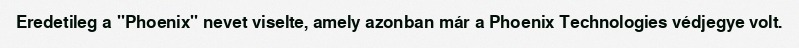
Eredetileg a "Phoenix" nevet viselte, amely azonban már a Phoenix Technologies védjegye volt.